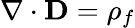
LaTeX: \nabla\cdot\mathbf{D}=\rho_{f}